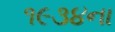
૧૯૩૪ના